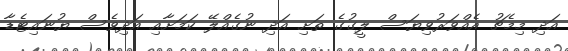
އަދި މިމެޗު އެއްވަރުވިޔަސް ލީގުގެ ތަށި އަދި ނުގެއްލޭ ކަމަށާއި އަދިވެސް ޔުނައިޓެޑާ